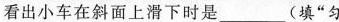
看出小车在斜面上滑下时是_(填”匀